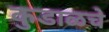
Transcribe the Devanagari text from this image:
कुडाळचे